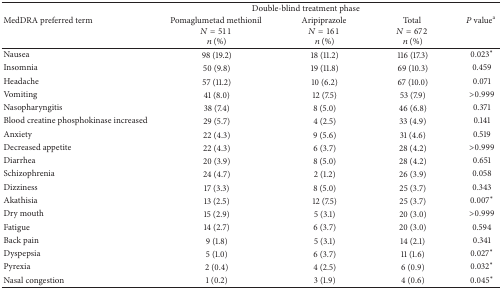
<table><thead><tr><td rowspan="2"><b>MedDRA preferred term</b></td><td colspan="3"><b>Double-blind treatment phase</b></td><td rowspan="2"><b><i>P</i> value<sup>a</sup></b></td></tr><tr><td><b>Pomaglumetad methionil <i>N</i> = 511 <i>n</i> (%)</b></td><td><b>Aripiprazole <i>N</i> = 161 <i>n</i> (%)</b></td><td><b>Total <i>N</i> = 672 <i>n</i> (%)</b></td></tr></thead><tbody><tr><td>Nausea</td><td>98 (19.2)</td><td>18 (11.2)</td><td>116 (17.3)</td><td>0.023*</td></tr><tr><td>Insomnia</td><td>50 (9.8)</td><td>19 (11.8)</td><td>69 (10.3)</td><td>0.459</td></tr><tr><td>Headache</td><td>57 (11.2)</td><td>10 (6.2)</td><td>67 (10.0)</td><td>0.071</td></tr><tr><td>Vomiting</td><td>41 (8.0)</td><td>12 (7.5)</td><td>53 (7.9)</td><td>&gt;0.999</td></tr><tr><td>Nasopharyngitis</td><td>38 (7.4)</td><td>8 (5.0)</td><td>46 (6.8)</td><td>0.371</td></tr><tr><td>Blood creatine phosphokinase increased</td><td>29 (5.7)</td><td>4 (2.5)</td><td>33 (4.9)</td><td>0.141</td></tr><tr><td>Anxiety</td><td>22 (4.3)</td><td>9 (5.6)</td><td>31 (4.6)</td><td>0.519</td></tr><tr><td>Decreased appetite</td><td>22 (4.3)</td><td>6 (3.7)</td><td>28 (4.2)</td><td>&gt;0.999</td></tr><tr><td>Diarrhea</td><td>20 (3.9)</td><td>8 (5.0)</td><td>28 (4.2)</td><td>0.651</td></tr><tr><td>Schizophrenia</td><td>24 (4.7)</td><td>2 (1.2)</td><td>26 (3.9)</td><td>0.058</td></tr><tr><td>Dizziness</td><td>17 (3.3)</td><td>8 (5.0)</td><td>25 (3.7)</td><td>0.343</td></tr><tr><td>Akathisia</td><td>13 (2.5)</td><td>12 (7.5)</td><td>25 (3.7)</td><td>0.007*</td></tr><tr><td>Dry mouth</td><td>15 (2.9)</td><td>5 (3.1)</td><td>20 (3.0)</td><td>&gt;0.999</td></tr><tr><td>Fatigue</td><td>14 (2.7)</td><td>6 (3.7)</td><td>20 (3.0)</td><td>0.594</td></tr><tr><td>Back pain</td><td>9 (1.8)</td><td>5 (3.1)</td><td>14 (2.1)</td><td>0.341</td></tr><tr><td>Dyspepsia</td><td>5 (1.0)</td><td>6 (3.7)</td><td>11 (1.6)</td><td>0.027*</td></tr><tr><td>Pyrexia</td><td>2 (0.4)</td><td>4 (2.5)</td><td>6 (0.9)</td><td>0.032*</td></tr><tr><td>Nasal congestion</td><td>1 (0.2)</td><td>3 (1.9)</td><td>4 (0.6)</td><td>0.045*</td></tr></tbody></table>